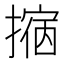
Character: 𢴀